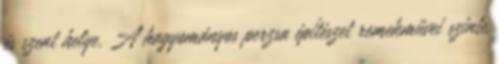
és szent helye. A hagyományos perzsa építészet remekművei szinte